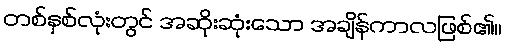
တစ်နှစ်လုံးတွင် အဆိုးဆုံးသော အချိန်ကာလဖြစ်၏။